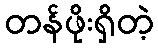
တန်ဖိုးရှိတဲ့